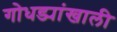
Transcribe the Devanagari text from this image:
गोधड्यांखाली